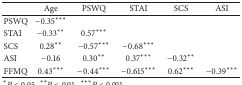
|  | Age | PSWQ | STAI | SCS | ASI |
 | --- | --- | --- | --- | --- | --- |
 | PSWQ | −0.35*** |  |  |  |  |
 | STAI | −0.33** | 0.57*** |  |  |  |
 | SCS | 0.28** | −0.57*** | −0.68*** |  |  |
 | ASI | −0.16 | 0.30** | 0.37*** | −0.32** |  |
 | FFMQ | 0.43*** | −0.44*** | −0.615*** | 0.62*** | −0.39*** |